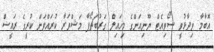
އޮބާމާ ވިދާޅުވީ ސޯވިއެޓް ޔޫނިއަންގެ މިޚައިލް ގަރުބަޗޯފާ މަޝްވަރާ ކުރައްވަން ކުރީގެ ރައީސް